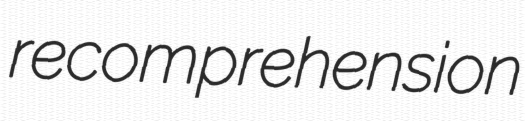
recomprehension